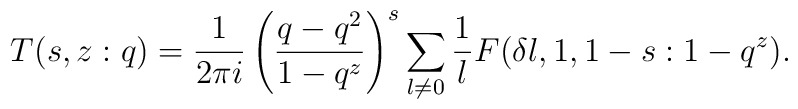
T(s,z:q) = \frac{1}{2\pi i}\left(             \frac{q-q^{2}}{1-q^{z}}             \right)^{s} \sum_{l \ne 0} \frac{1}{l}F(\delta l,1,1-s:1-q^{z}).